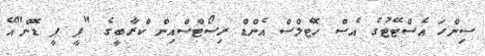
ސިންހަ އެސްޓޭޓުގެ އެސް ހޮޓެލްސް އެންޑް ރިސޯޓްސްއިން ކްރާބީގެ "ޕީ ޕީ ޑޮން"އޭ